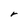
Character: r